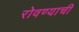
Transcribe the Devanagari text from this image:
रोवण्याची